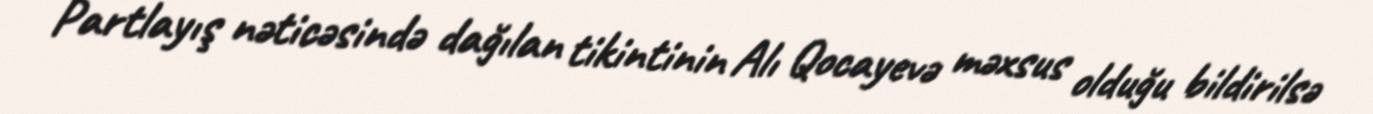
Partlayış nəticəsində dağılan tikintinin Alı Qocayevə məxsus olduğu bildirilsə